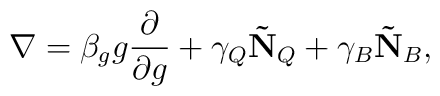
\nabla = \beta_g g \frac{\partial}{\partial g} +\gamma_Q \mathbf{\tilde{N}}_Q + \gamma_B \mathbf{\tilde{N}}_B,